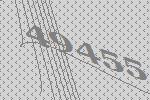
49455